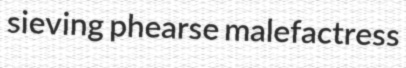
sieving phearse malefactress